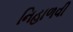
નિહાળવી